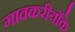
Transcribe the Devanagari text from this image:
गावकरीयोंके